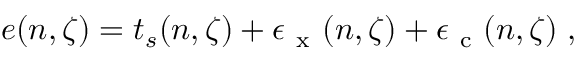
\begin{array} { r } { e ( n , \zeta ) = t _ { s } ( n , \zeta ) + \epsilon _ { \mathrm { ~ x ~ } } ( n , \zeta ) + \epsilon _ { \mathrm { ~ c ~ } } ( n , \zeta ) \; , } \end{array}